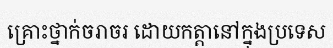
គ្រោះថ្នាក់ចរាចរ ដោយកត្តានៅក្នុងប្រទេស